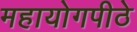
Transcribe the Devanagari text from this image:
महायोगपीठे